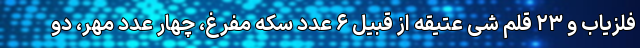
فلزیاب و ۲۳ قلم شی عتیقه از قبیل ۶ عدد سکه مفرغ، چهار عدد مهر، دو